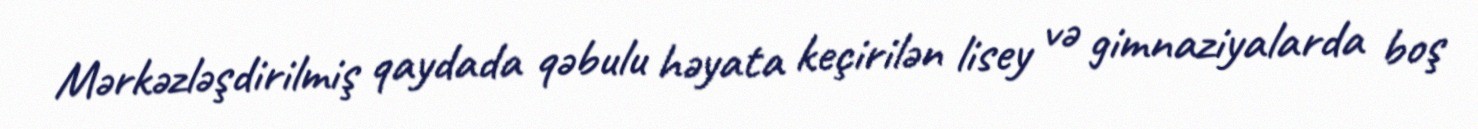
Mərkəzləşdirilmiş qaydada qəbulu həyata keçirilən lisey və gimnaziyalarda boş